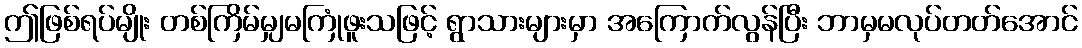
ဤဖြစ်ရပ်မျိုး တစ်ကြိမ်မျှမကြုံဖူးသဖြင့် ရွာသားများမှာ အကြောက်လွန်ပြီး ဘာမှမလုပ်တတ်အောင်